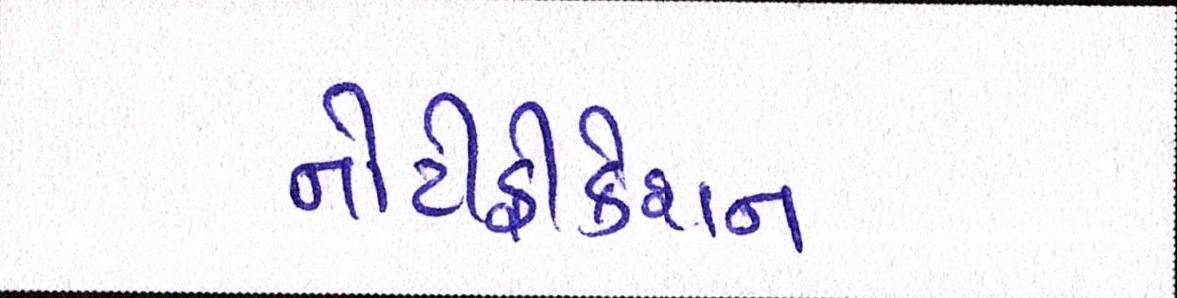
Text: નોટીફીકેશન